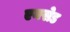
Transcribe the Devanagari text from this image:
एनसेड